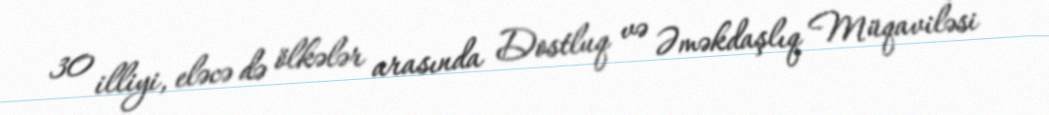
30 illiyi, eləcə də ölkələr arasında Dostluq və Əməkdaşlıq Müqaviləsi